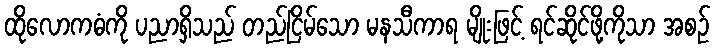
ထိုလောကဓံကို ပညာရှိသည် တည်ငြိမ်သော မနသီကာရ မျိုးဖြင့် ရင်ဆိုင်ဖို့ကိုသာ အစဉ်